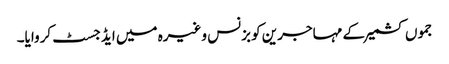
جموں کشمیر کے مہاجرین کو بزنس وغیرہ میں ایڈجسٹ کروایا۔